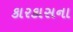
કારકાસના